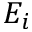
E _ { i }